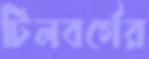
টিলবর্গের